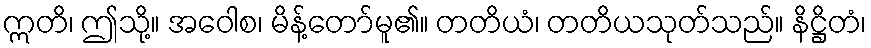
ဣတိ၊ ဤသို့။ အဝေါစ၊ မိန့်တော်မူ၏။ တတိယံ၊ တတိယသုတ်သည်။ နိဋ္ဌိတံ၊